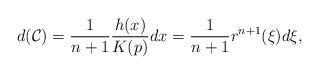
LaTeX: \begin{align*}d(\mathcal{C})=\frac{1}{n+1}\frac{h(x)}{K(p)}dx=\frac{1}{n+1}r^{n+1}(\xi)d\xi,\end{align*}